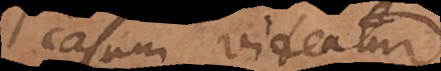
casum videatur